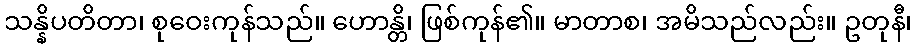
သန္နိပတိတာ၊ စုဝေးကုန်သည်။ ဟောန္တိ၊ ဖြစ်ကုန်၏။ မာတာစ၊ အမိသည်လည်း။ ဥတုနီ၊